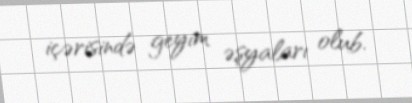
içərisində geyim əşyaları olub.